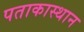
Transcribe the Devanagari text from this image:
पताकास्थान